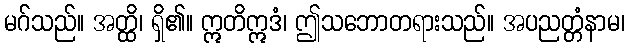
မဂ်သည်။ အတ္ထိ၊ ရှိ၏။ ဣတိဣဒံ၊ ဤသဘောတရားသည်။ အပညတ္တံနာမ၊